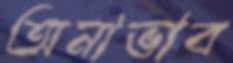
অনাভাব